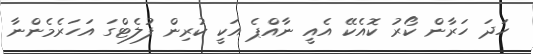
ހަދަ ހަރާން ކޯރު ކޮއެކޭ އެއީ ނާއްޕެ އަކީ ކުރިން ފުލެޓްގަ އަހަރެމެންނާ